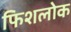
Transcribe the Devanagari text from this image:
फिशलोक